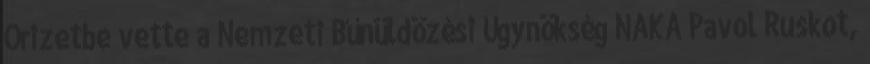
Őrizetbe vette a Nemzeti Bűnüldözési Ügynökség NAKA Pavol Ruskot,